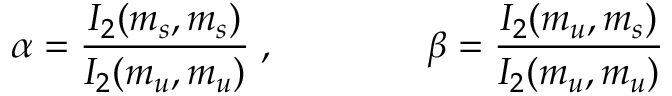
\alpha = \frac { I _ { 2 } ( m _ { s } , m _ { s } ) } { I _ { 2 } ( m _ { u } , m _ { u } ) } \; , \qquad \qquad \beta = \frac { I _ { 2 } ( m _ { u } , m _ { s } ) } { I _ { 2 } ( m _ { u } , m _ { u } ) }